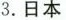
3.日本